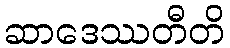
ဆာဒေဿတီတိ